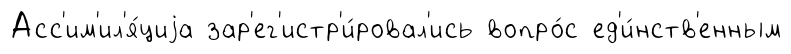
Асс'им'ил'я́циjа зар'ег'истр'и́ровал'ись вопро́с ед'и́нств'енным